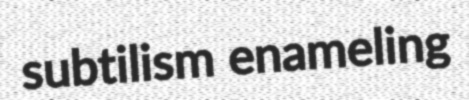
subtilism enameling